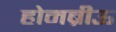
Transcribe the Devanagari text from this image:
होमब्रीऊ